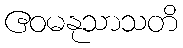
ဧဝမနုသာသတိ